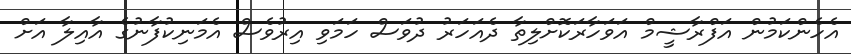
އެހެންކަމުން އަފްރާޝީމް އަވަހާރަކޮށްލިތާ ދެއަހަރު ދުވަސް ހަމަވި އިރުވެސް އެމަނިކުފާނުގެ އާއިލާ އަށް